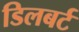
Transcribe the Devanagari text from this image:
डिलबर्ट